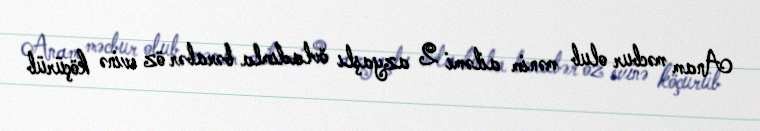
Anam məcbur olub mənim ailəmi 2 azyaşlı övladımla bərabər öz evinə köçürüb